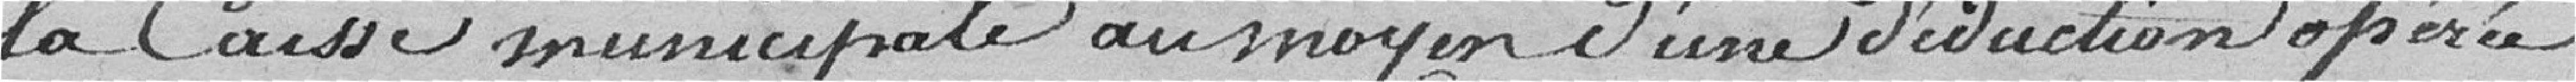
la Caisse municipale au moyen d'une déduction opérée